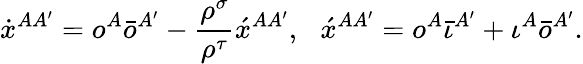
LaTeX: \dot{x}^{AA^{\prime}}=o^{A}\bar{o}^{A^{\prime}}-\frac{\rho^{\sigma}}{\rho^{\tau}}\acute{x}^{AA^{\prime}},\, \, \, \, \acute{x}^{AA^{\prime}}=o^{A}\bar{\iota}^{A^{\prime}}+\iota^{A}\bar{o}^{A^{\prime}}.